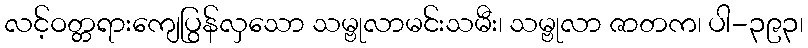
လင့်ဝတ္တရားကျေပြွန်လှသော သမ္ဗုလာမင်းသမီး၊ သမ္ဗုလာ ဇာတက၊ ပါ-၃၉၃၊